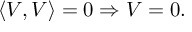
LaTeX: \left\langle V , V \right\rangle = 0 \Rightarrow V = 0 .